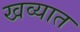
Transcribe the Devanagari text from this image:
खव्यात